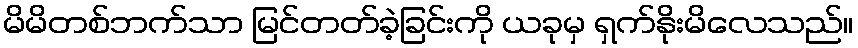
မိမိတစ်ဘက်သာ မြင်တတ်ခဲ့ခြင်းကို ယခုမှ ရှက်နိုးမိလေသည်။